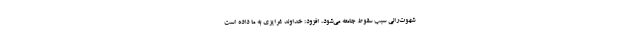
شهوت‌رانی سبب سقوط جامعه می‌شود، افزود: خداوند غرایزی به ما داده است